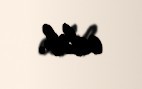
edib.